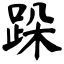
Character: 跺